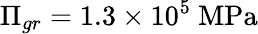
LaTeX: \Pi_{gr}=1.3\times 10^{5}~\mathrm{MPa}